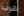
هرب